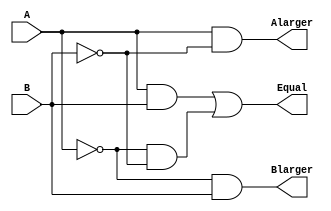
module Compare1 (A, B, Equal, Alarger, Blarger);
    input      A, B;
    output     Equal, Alarger, Blarger;
    wire       notB, notA, AandB, NotAandB;
    not    #1  n1(notA, A);
    not    #1  n1(notB, B);
    and    #2  g1(AandB, A, B);
    and    #2  g2(NotAandB, notA, notB);
    or     #2  g3(Equal, AandB, NotAandB);
    and    #2  g4(Alarger, A, notB);
    and    #2  g5(Blarger, notA, B);
endmodule